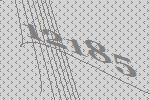
12185